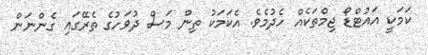
ކަމަކީ އައުޓްޑޯ ޖިމްތަކެއް ހެދުމެވެ. އެކަމަކު ތިން މަސް ދުވަހުގެ ތެރޭގައި ގެންނަން